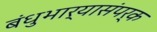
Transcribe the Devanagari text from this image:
बंधुभार्यासंपर्क